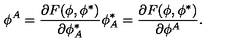
\phi ^ { A } = \frac { \partial F ( \phi , \phi ^ { * } ) } { \partial \phi _ { A } ^ { * } } \phi _ { A } ^ { * } = \frac { \partial F ( \phi , \phi ^ { * } ) } { \partial \phi ^ { A } } .